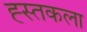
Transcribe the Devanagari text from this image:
ह्स्तकला